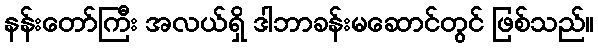
နန်းတော်ကြီး အလယ်ရှိ ဒါဘာခန်းမဆောင်တွင် ဖြစ်သည်။